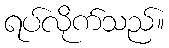
ရပ်လိုက်သည်။